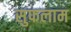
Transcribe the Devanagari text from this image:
सुफलाम